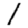
Digit: 1